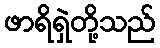
ဖာရိရှဲတို့သည်